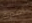
أصدرت